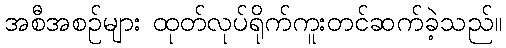
အစီအစဉ်များ ထုတ်လုပ်ရိုက်ကူးတင်ဆက်ခဲ့သည်။